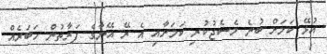
އުޅޭ ކަމަށް ބުނެ މެސެޖުކުރި ކަމަށާއި އެ ރޭ އޭނާގެ ފަރާތުން ހަބަރެއް